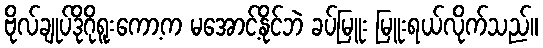
ဗိုလ်ချုပ်ဒိုဂိုရူးကော့က မအောင့်နိုင်ဘဲ ခပ်မြူး မြူးရယ်လိုက်သည်။